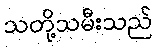
သတို့သမီးသည်